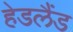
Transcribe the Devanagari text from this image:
हेडलैंड